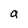
Character: a